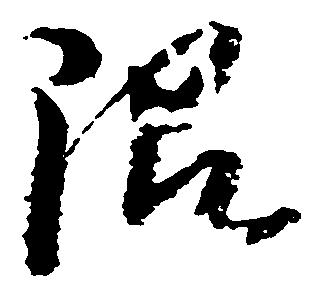
限